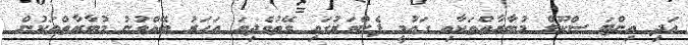
އަދި އިންޓަ ސްކޫލް މުބާރާތްތަކާއި ގައުމީ ފެންވަރުގައި ވޭތުވެދިޔަ އަހަރުު ބޭއްވުނު މުބާރާތްތަކުން